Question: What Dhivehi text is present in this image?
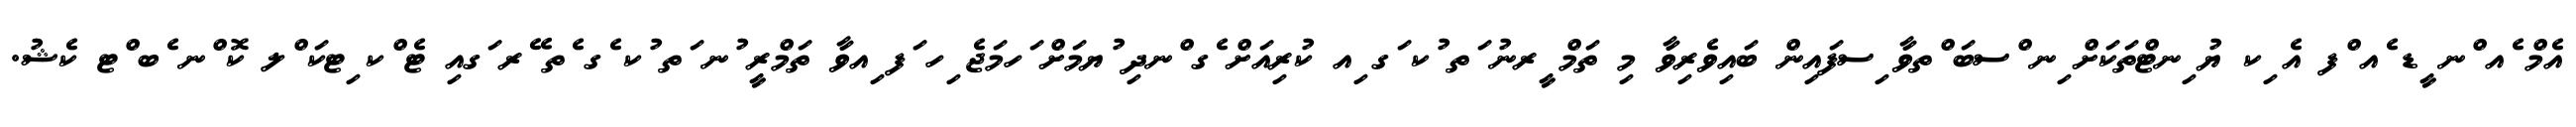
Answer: އެމް ެއ ްނ ީޑ ެއ ްފ އެ ިކ ޔު ިނޓްތަކަށް ިނ ްސބަ ްތވާ ިސފައިން ބައިވެރިވާ މި ތަމް ީރނު ަތ ުކ ަގ ިއ ކުރިއަށް ެގ ްނދި ުޔމަށް ަހމަޖެ ިހ ަފ ިއވާ ތަމްރީ ުނ ަތ ުކ ެގ ެތ ޭރ ަގއި ޓެ ްކ ިޓކަ ްލ ކޮ ްނ ެބ ްޓ ކެޝު.